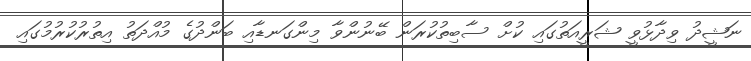
ނަޝީދު ވިދާޅުވީ ޝަރީއަތުގައި ކުށް ސާބިތުކުރަން ބޭނުންވާ މިންގަނޑާއި ބަންދުގެ މުއްދަތު އިތުރުކުރުމުގައި